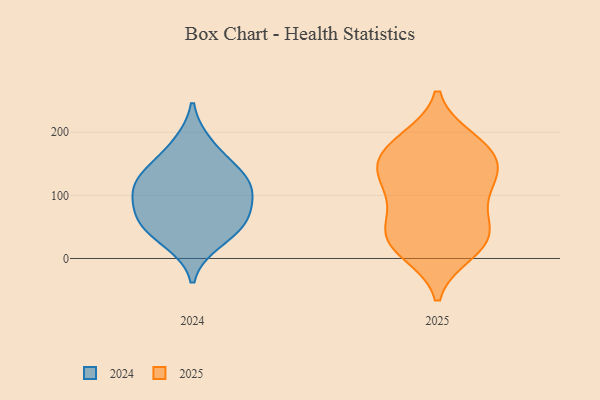
{"axis": {"x": "LTV (USD)", "y": "Value"}, "legend": ["2024", "2025"], "data": [{"x": "", "y": 38, "type": "2025"}, {"x": "", "y": 126, "type": "2025"}, {"x": "", "y": 116, "type": "2025"}, {"x": "", "y": 147, "type": "2025"}, {"x": "", "y": 10, "type": "2025"}, {"x": "", "y": 39, "type": "2025"}, {"x": "", "y": 19, "type": "2025"}, {"x": "", "y": 168, "type": "2025"}, {"x": "", "y": 25, "type": "2025"}, {"x": "", "y": 184, "type": "2025"}, {"x": "", "y": 58, "type": "2025"}, {"x": "", "y": 142, "type": "2025"}, {"x": "", "y": 78, "type": "2025"}, {"x": "", "y": 188, "type": "2025"}, {"x": "", "y": 114, "type": "2025"}, {"x": "", "y": 168, "type": "2025"}, {"x": "", "y": 108, "type": "2024"}, {"x": "", "y": 58, "type": "2024"}, {"x": "", "y": 138, "type": "2024"}, {"x": "", "y": 95, "type": "2024"}, {"x": "", "y": 51, "type": "2024"}, {"x": "", "y": 65, "type": "2024"}, {"x": "", "y": 138, "type": "2024"}, {"x": "", "y": 182, "type": "2024"}, {"x": "", "y": 26, "type": "2024"}, {"x": "", "y": 113, "type": "2024"}]}